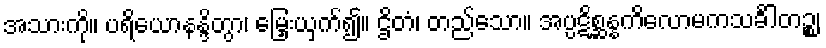
အသားကို။ ပရိယောနန္ဒိတွာ၊ မြှေးယှက်၍။ ဌိတံ၊ တည်သော။ အပ္ပဋိစ္ဆန္နကိလောမကသင်္ခါတဉ္စ၊